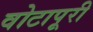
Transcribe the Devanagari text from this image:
वोटापूरी